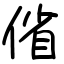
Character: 偗